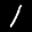
Label: 1